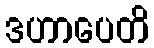
ဒဟာပေတိ